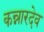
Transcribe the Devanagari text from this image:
कन्नारदेव